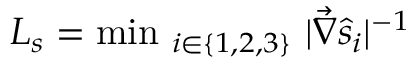
L _ { s } = \mathrm { m i n } _ { ~ i \in \{ 1 , 2 , 3 \} } ~ | \vec { \nabla } \hat { s } _ { i } | ^ { - 1 }